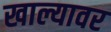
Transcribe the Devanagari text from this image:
खाल्यावर